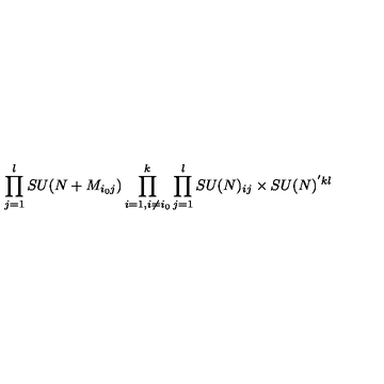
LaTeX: \prod _ { j = 1 } ^ { l } S U ( N + M _ { i _ { 0 } j } ) \prod _ { i = 1 , i \ne i _ { 0 } } ^ { k } \prod _ { j = 1 } ^ { l } S U ( N ) _ { i j } \times S U ( N ) ^ { ' k l }